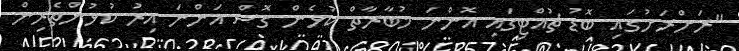
"ރަށްރަށުގައި ބޮޑު ޗުއްޓިގައި އޮންނަ މުބާރާތް ކުޅެން ގޮސް އަންނަ އިރު ކުޅުންތެރިން